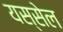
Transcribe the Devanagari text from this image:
यस्सेल